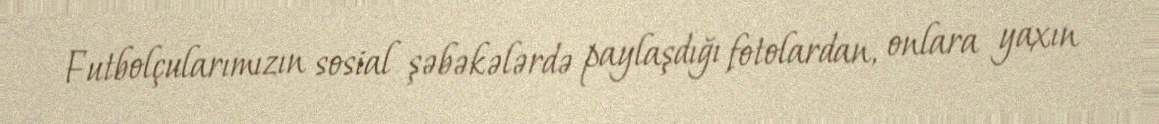
Futbolçularımızın sosial şəbəkələrdə paylaşdığı fotolardan, onlara yaxın